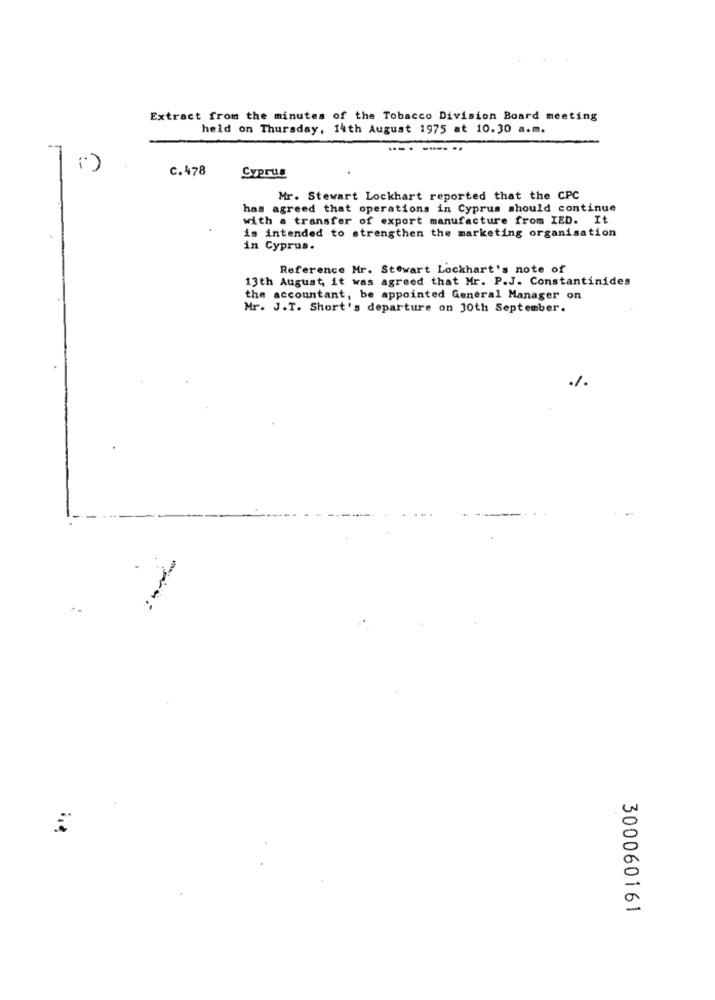
Extract from the minutes of the Tobacco Division Board meeting
held on Thursday, 14th August 1975 at 10.30 a.m.
7
C.478
Cyprus
Mr. Stewart Lockhart reported that the CPC
has agreed that operations in Cyprus should continue
with a transfer of export manufacture from IED. It
is intended to strengthen the marketing organisation
in Cyprus.
Reference Mr. Stewart Lockhart's note of
13th August, it was agreed that Mr. P.J. Constantinides
the accountant, be appointed General Manager on
Mr. J.T. Short's departure on 30th September.
.
300060161